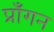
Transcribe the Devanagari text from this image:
प्राँगन